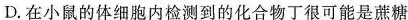
D.在小鼠的体细胞内检测到的化合物丁很可能是蔗糖